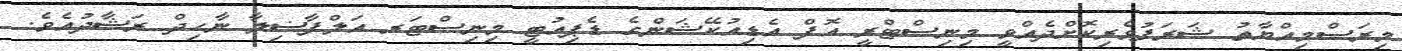
މިރަސްމިއްޔާތު ޝަރަފުވެރިކޮށްދެއްވީ މިނިސްޓްރީ އޮފް އެޑިއުކޭޝަންގެ ޑެޕިއުޓީ މިނިސްޓަރ އަލްފާޟިލާ ނާހިދް ރަޝާދުއެވެ.